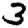
Digit: 3